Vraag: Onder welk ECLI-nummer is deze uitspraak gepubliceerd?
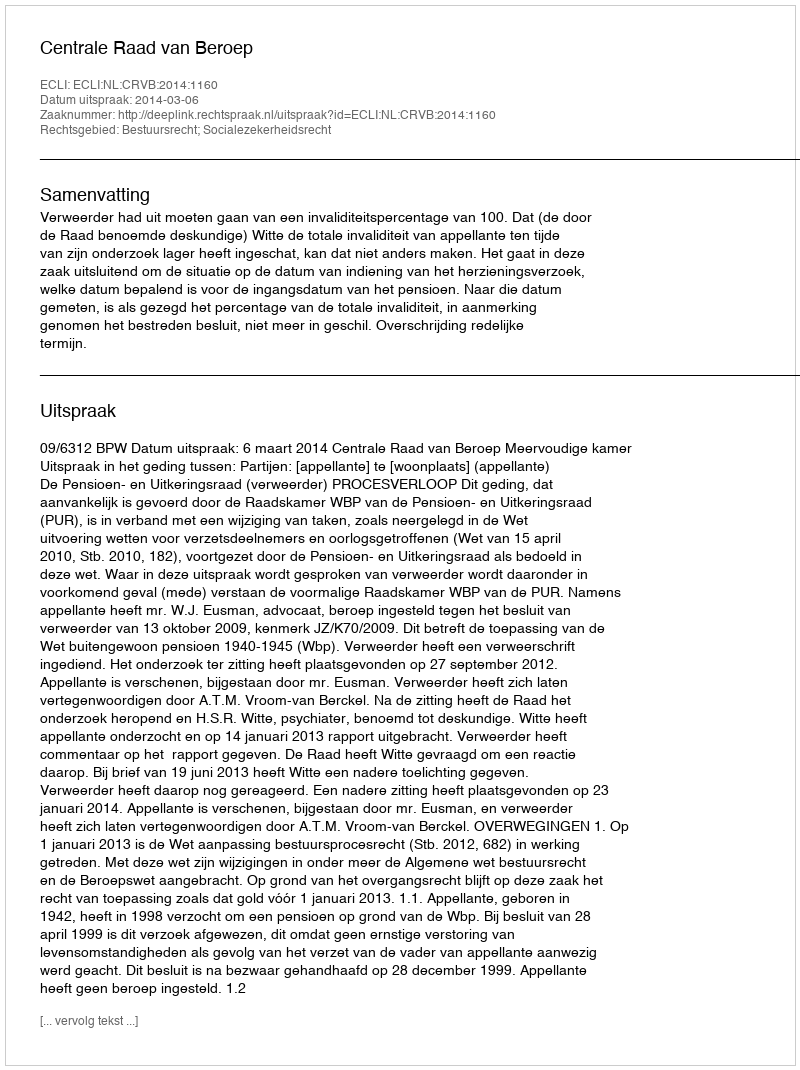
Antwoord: ECLI:NL:CRVB:2014:1160